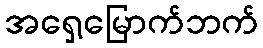
အရှေ့မြောက်ဘက်